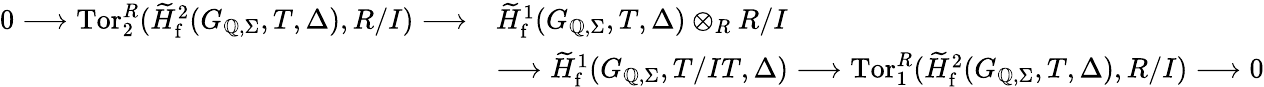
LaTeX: \begin{array}{rl}{0\longrightarrow\mathrm{Tor}_{2}^{R}(\widetilde{H}_{\mathrm{f}}^{2}(G_{\mathbb{Q},\Sigma},T,\Delta),R/I)\longrightarrow}&{\widetilde{H}_{\mathrm{f}}^{1}(G_{\mathbb{Q},\Sigma},T,\Delta)\otimes_{R}R/I}\\ &{\longrightarrow\widetilde{H}_{\mathrm{f}}^{1}(G_{\mathbb{Q},\Sigma},T/IT,\Delta)\longrightarrow\mathrm{Tor}_{1}^{R}(\widetilde{H}_{\mathrm{f}}^{2}(G_{\mathbb{Q},\Sigma},T,\Delta),R/I)\longrightarrow 0}\end{array}